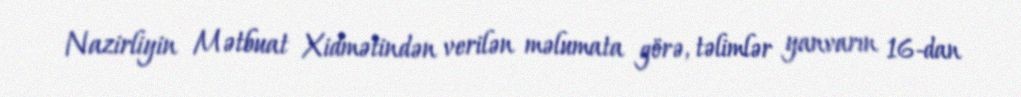
Nazirliyin Mətbuat Xidmətindən verilən məlumata görə, təlimlər yanvarın 16-dan